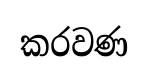
කරවණ